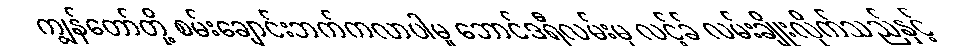
ကျွန်တော်တို့ စမ်းချောင်းဘက်ကလာပါမူ ဘောင်ဒရီလမ်းမှ လင့်ခ် လမ်းချိုးလိုက်သည်နှင့်